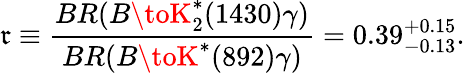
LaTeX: \mathfrak{r}\equiv\frac{{BR(B\toK_{2}^{*}(1430)\gamma)}}{{BR(B\toK^{*}(892)\gamma)}}=0.39_{-0.13}^{+0.15}.